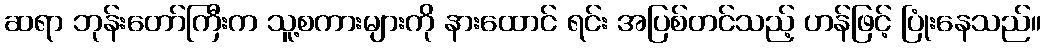
ဆရာ ဘုန်းတော်ကြီးက သူ့စကားများကို နားထောင် ရင်း အပြစ်တင်သည့် ဟန်ဖြင့် ပြုံးနေသည်။